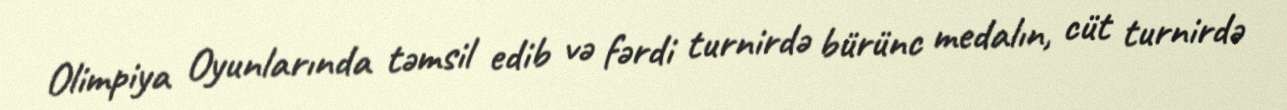
Olimpiya Oyunlarında təmsil edib və fərdi turnirdə bürünc medalın, cüt turnirdə